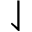
\downharpoonleft